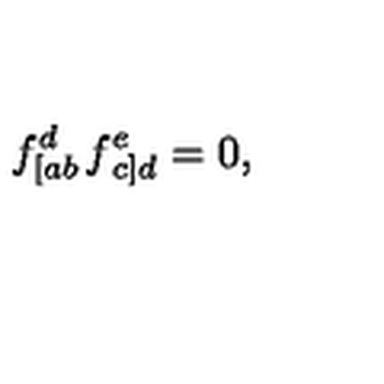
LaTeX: f _ { \left[ a b \right. } ^ { d } f _ { \left. c \right] d } ^ { e } = 0 ,